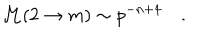
LaTeX: { \cal M } ( 2 \rightarrow m ) \sim p ^ { - n + 4 } \quad .